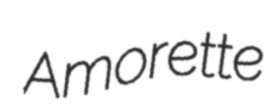
Amorette